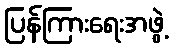
ပြန်ကြားရေးအဖွဲ့